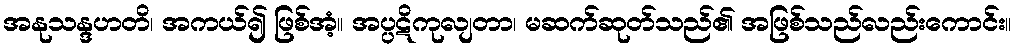
အနုသန္ဒဟတိ၊ အကယ်၍ ဖြစ်အံ့။ အပ္ပဋိကုလျတာ၊ မဆက်ဆုတ်သည်၏ အဖြစ်သည်လည်းကောင်း။